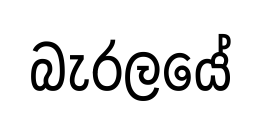
බැරලයේ